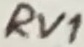
Text: RV1